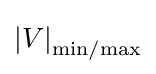
\left|V\right|_{\rm {min/max}}